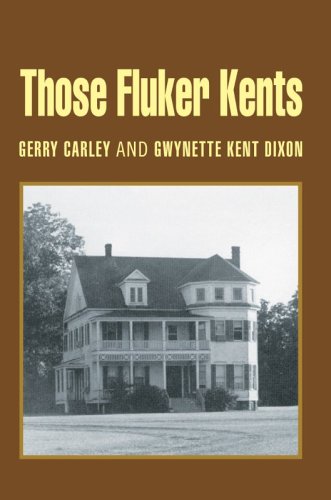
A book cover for Those Fluker Kents; Gerald Carley; History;